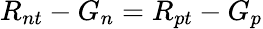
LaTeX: R_{nt}-G_{n}=R_{pt}-G_{p}